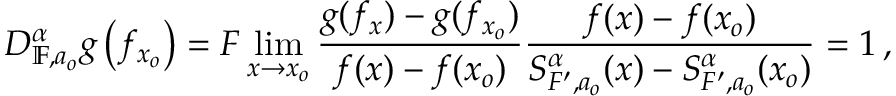
D _ { \mathbb { F } , a _ { o } } ^ { \alpha } g \left( f _ { x _ { o } } \right) = F \operatorname* { l i m } _ { x \rightarrow x _ { o } } \frac { g ( f _ { x } ) - g ( f _ { x _ { o } } ) } { f ( x ) - f ( x _ { o } ) } \frac { f ( x ) - f ( x _ { o } ) } { S _ { F ^ { \prime } , a _ { o } } ^ { \alpha } ( x ) - S _ { F ^ { \prime } , a _ { o } } ^ { \alpha } ( x _ { o } ) } = 1 \, ,